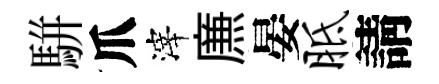
駢爪滓㢘晏胝請